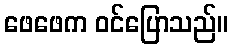
ဖေဖေက ဝင်ပြောသည်။